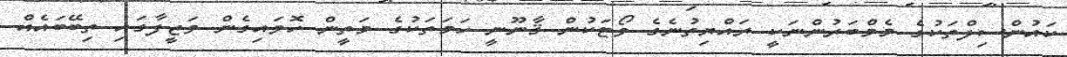
ކައުންސިލްތަކުގެ މެމްބަރުންނަކީ ރައްޔިތުނެގެ ވޯޓަކުން ޤާނޫނީ ހަމަތަކުގެ މަތީން ހޮވައިގެން ވަޒީފާގައި ތިބޭބައެއް.